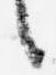
言